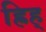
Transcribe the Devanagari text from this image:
ह्रिह्